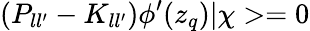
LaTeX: (P_{ll^{\prime}}-K_{ll^{\prime}})\phi^{\prime}(z_{q})|\chi>=0